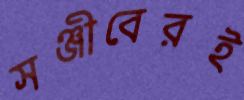
সঞ্জীবেরই